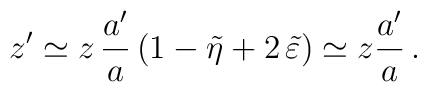
z' \simeq z \, \frac{a'}{a} \left( 1 - \tilde{\eta} +2 \,\tilde{\varepsilon} \right) \simeq z \frac{a'}{a} \,.